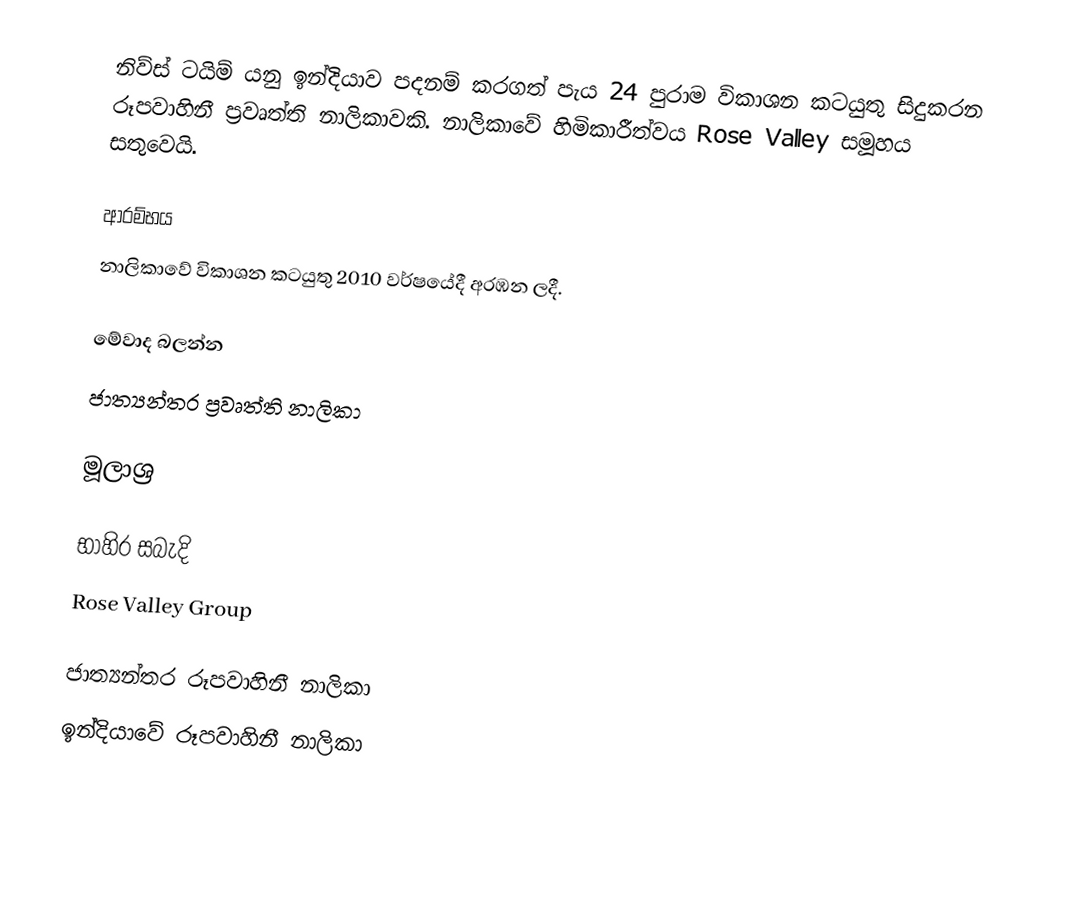
නිව්ස් ටයිම් යනු ඉන්දියාව පදනම් කරගත් පැය 24 පුරාම විකාශන කටයුතු සිදුකරන රූපවාහිනී ප්‍රවෘත්ති නාලිකාවකි. නාලිකාවේ හිමිකාරීත්වය Rose Valley සමූහය සතුවෙයි.

ආරම්භය
නාලිකාවේ විකාශන කටයුතු 2010 වර්ෂයේදී අරඹන ලදී.

මේවාද බලන්න
 ජාත්‍යන්තර ප්‍රවෘත්ති නාලිකා

මූලාශ්‍ර

භාහිර සබැදි
Rose Valley Group

ජාත්‍යන්තර රූපවාහිනී නාලිකා
ඉන්දියාවේ රූපවාහිනී නාලිකා